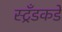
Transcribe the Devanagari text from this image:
स्ट्रँडकडे